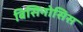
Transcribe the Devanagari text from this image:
बिसिनोसिस